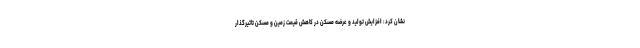
نشان کرد: افزایش تولید و عرضه مسکن در کاهش قیمت زمین و مسکن تاثیرگذار